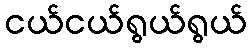
ငယ်ငယ်ရွယ်ရွယ်